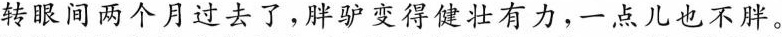
转眼间两个月过去了，胖驴变得健壮有力，一点儿也不胖。